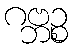
ဂဗ္ဘဉ္စ